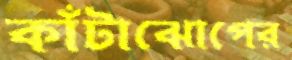
কাঁটাঝোপের